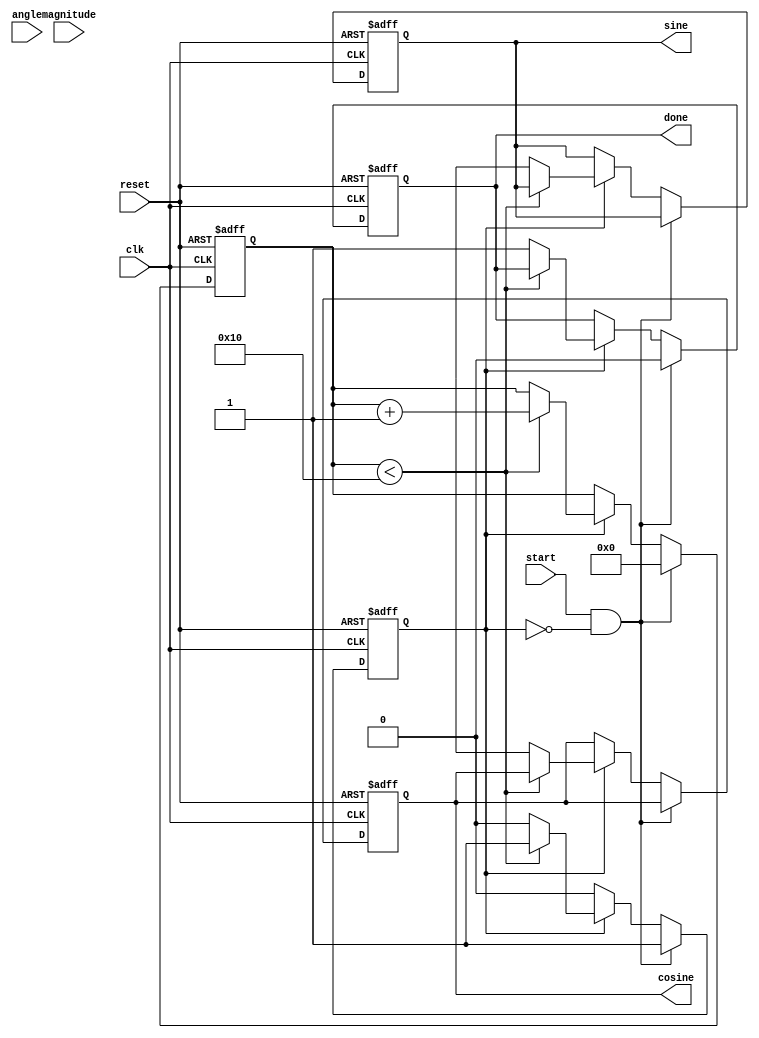
module Cordic(
    input wire clk,
    input wire reset,
    input wire start,
    input wire signed [15:0] angle,  // Input angle in fixed-point format
    input wire signed [15:0] magnitude, // Input magnitude
    output reg signed [15:0] cosine,  // Output cosine 
    output reg signed [15:0] sine,    // Output sine
    output reg done                   // Signal to indicate operation completion
);

parameter NUM_ITERATIONS = 16;
parameter FIXED_POINT = 16'h4000; // Scaling factor for normalization (1.0 in fixed-point)

reg signed [15:0] x[0:NUM_ITERATIONS-1];  // x values (cosine)
reg signed [15:0] y[0:NUM_ITERATIONS-1];  // y values (sine)
reg signed [15:0] z;                        // angle accumulator
reg [3:0] iter_count;
reg working;

// Pre-computed arctangent values in fixed-point format
reg signed [15:0] atan_table [0:NUM_ITERATIONS-1];

initial begin
    // Initialize arctangent values
    atan_table[0] = 16'h2000; // atan(2^-0) = /4
    atan_table[1] = 16'h1333; // atan(2^-1) = /6
    atan_table[2] = 16'h0A3D; // atan(2^-2) = /8
    atan_table[3] = 16'h0524; // atan(2^-3) = /10
    atan_table[4] = 16'h0285; // atan(2^-4) = /12
    atan_table[5] = 16'h0141; // atan(2^-5) = /14
    atan_table[6] = 16'h00A3; // atan(2^-6) = /16
    atan_table[7] = 16'h0051; // atan(2^-7) = /18
    atan_table[8] = 16'h0029; // atan(2^-8) = /20
    atan_table[9] = 16'h0014; // atan(2^-9) = /22
    atan_table[10] = 16'h000A; // atan(2^-10) = /24
    atan_table[11] = 16'h0005; // atan(2^-11) = /26
    atan_table[12] = 16'h0002; // atan(2^-12) = /28
    atan_table[13] = 16'h0001; // atan(2^-13) = /30
    atan_table[14] = 16'h0001; // atan(2^-14) = /32
    atan_table[15] = 16'h0000; // atan(2^-15) = /34
end

always @(posedge clk or posedge reset) begin
    if (reset) begin 
        cosine <= FIXED_POINT;    // Initial value for cosine (1.0)
        sine <= 16'h0000;          // Initial value for sine (0.0)
        iter_count <= 0;
        working <= 0;
        done <= 0;
    end else if (start && !working) begin
        // Start the computation
        working <= 1;
        z <= angle;                // Load angle
        x[0] <= magnitude;         // Load magnitude
        y[0] <= 16'h0000;          // y starts at 0
        iter_count <= 0;
        done <= 0;
    end else if (working) begin
        // CORDIC iterations
        if (iter_count < NUM_ITERATIONS) begin
            if (z < 0) begin
                // Rotate clockwise
                x[iter_count + 1] <= x[iter_count] + (y[iter_count] >>> iter_count);
                y[iter_count + 1] <= y[iter_count] - (x[iter_count] >>> iter_count);
                z <= z + atan_table[iter_count];
            end else begin
                // Rotate counterclockwise
                x[iter_count + 1] <= x[iter_count] - (y[iter_count] >>> iter_count);
                y[iter_count + 1] <= y[iter_count] + (x[iter_count] >>> iter_count);
                z <= z - atan_table[iter_count];
            end
            iter_count <= iter_count + 1;
        end else begin
            // Final output after iterations complete
            cosine <= x[NUM_ITERATIONS];
            sine <= y[NUM_ITERATIONS];
            done <= 1;                // Indicate completion
            working <= 0;
        end
    end
end

endmodule